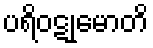
ပရိဝဋုမောတိ